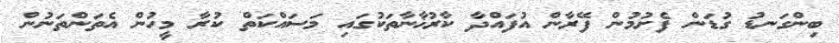
ބިންގަނޑު ގުޑަން ފެށުމުން ފޭރާން އުފައްދާ ކާރުޚާނާތަކުގައި މަސައްކަތް ކުރާ މީހުން އެތަންތަނުން